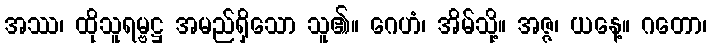
အဿ၊ ထိုသူရမ္ဗဋ္ဌ အမည်ရှိသော သူ၏။ ဂေဟံ၊ အိမ်သို့။ အဇ္ဇ၊ ယနေ့။ ဂတော၊